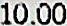
10.00